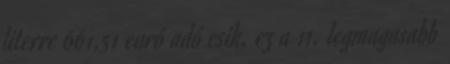
literre 661,51 euró adó esik, ez a 11. legmagasabb